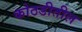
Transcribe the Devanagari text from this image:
कोठडीतील